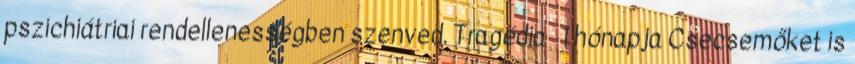
pszichiátriai rendellenességben szenved. Tragédia 1 hónapja Csecsemőket is